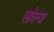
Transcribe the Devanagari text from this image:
सोल्ज